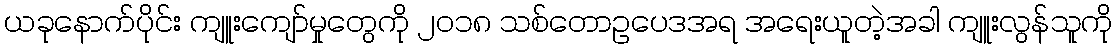
ယခုနောက်ပိုင်း ကျူးကျော်မှုတွေကို ၂၀၁၈ သစ်တောဥပေဒအရ အရေးယူတဲ့အခါ ကျူးလွန်သူကို